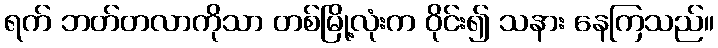
ရက် ဘတ်တလာကိုသာ တစ်မြို့လုံးက ဝိုင်း၍ သနား နေကြသည်။